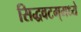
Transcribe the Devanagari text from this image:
सिद्धवटम्‌मध्ये